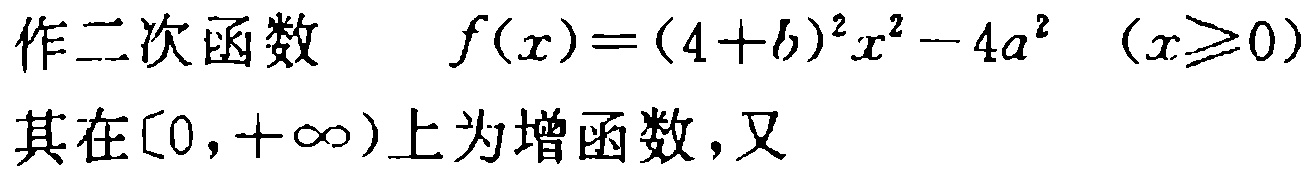
作二次函数 \(f(x)=(4 + b)^{2}x^{2}-4a^{2}\ (x\geq0)\) 其在\([0,+\infty)\)上为增函数，又